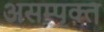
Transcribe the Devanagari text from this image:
असम्पृक्त